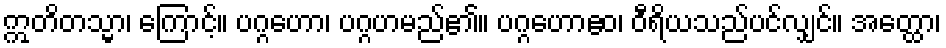
ဣတိတသ္မာ၊ ကြောင့်။ ပဂ္ဂဟော၊ ပဂ္ဂဟမည်၏။ ပဂ္ဂဟောဧဝ၊ ဝီရိယသည်ပင်လျှင်။ အတ္ထော၊